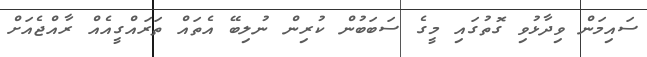
ސައިމަން ވިދާޅުވި ގޮތުގައި މީގެ ސަބަބުން ކުރިން ނުލިބޭ އެތައް ތަރައްގީއެއް ރާއްޖެއަށް